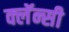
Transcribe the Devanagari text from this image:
क्लॅन्सी